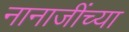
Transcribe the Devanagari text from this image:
नानाजींच्या